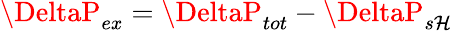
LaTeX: \DeltaP_{ex}=\DeltaP_{tot}-\DeltaP_{s\mathcal{H}}